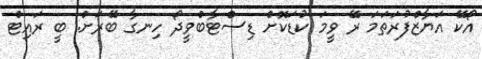
އޯކޭ އަޔާޒްފުރަތަމަ ރޭ ވީމަ ކުޑަކޮށް ޑިސްޓާބްވީދޯ ހިނގާ ބޭރަށް. ބީ ރައިޓް